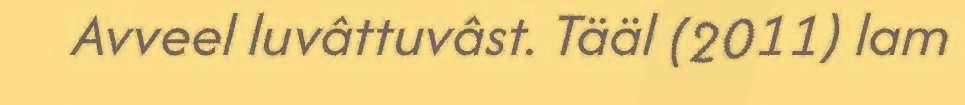
Avveel luvâttuvâst. Tääl (2011) lam